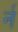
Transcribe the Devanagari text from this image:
र्न